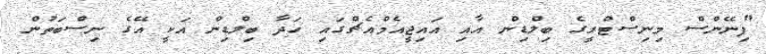
"ފިނޭންސް މިނިސްޓްރީގެ ބިލްޑިން އާއި އައިޖީއެމްއެޗްގައި ހަދާ ބިލްޑިން އަކީ އޭގެ ނިސްބަތުން